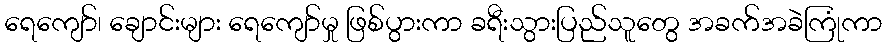
ရေကျော်၊ ချောင်းများ ရေကျော်မှု ဖြစ်ပွားကာ ခရီးသွားပြည်သူတွေ အခက်အခဲကြုံကာ